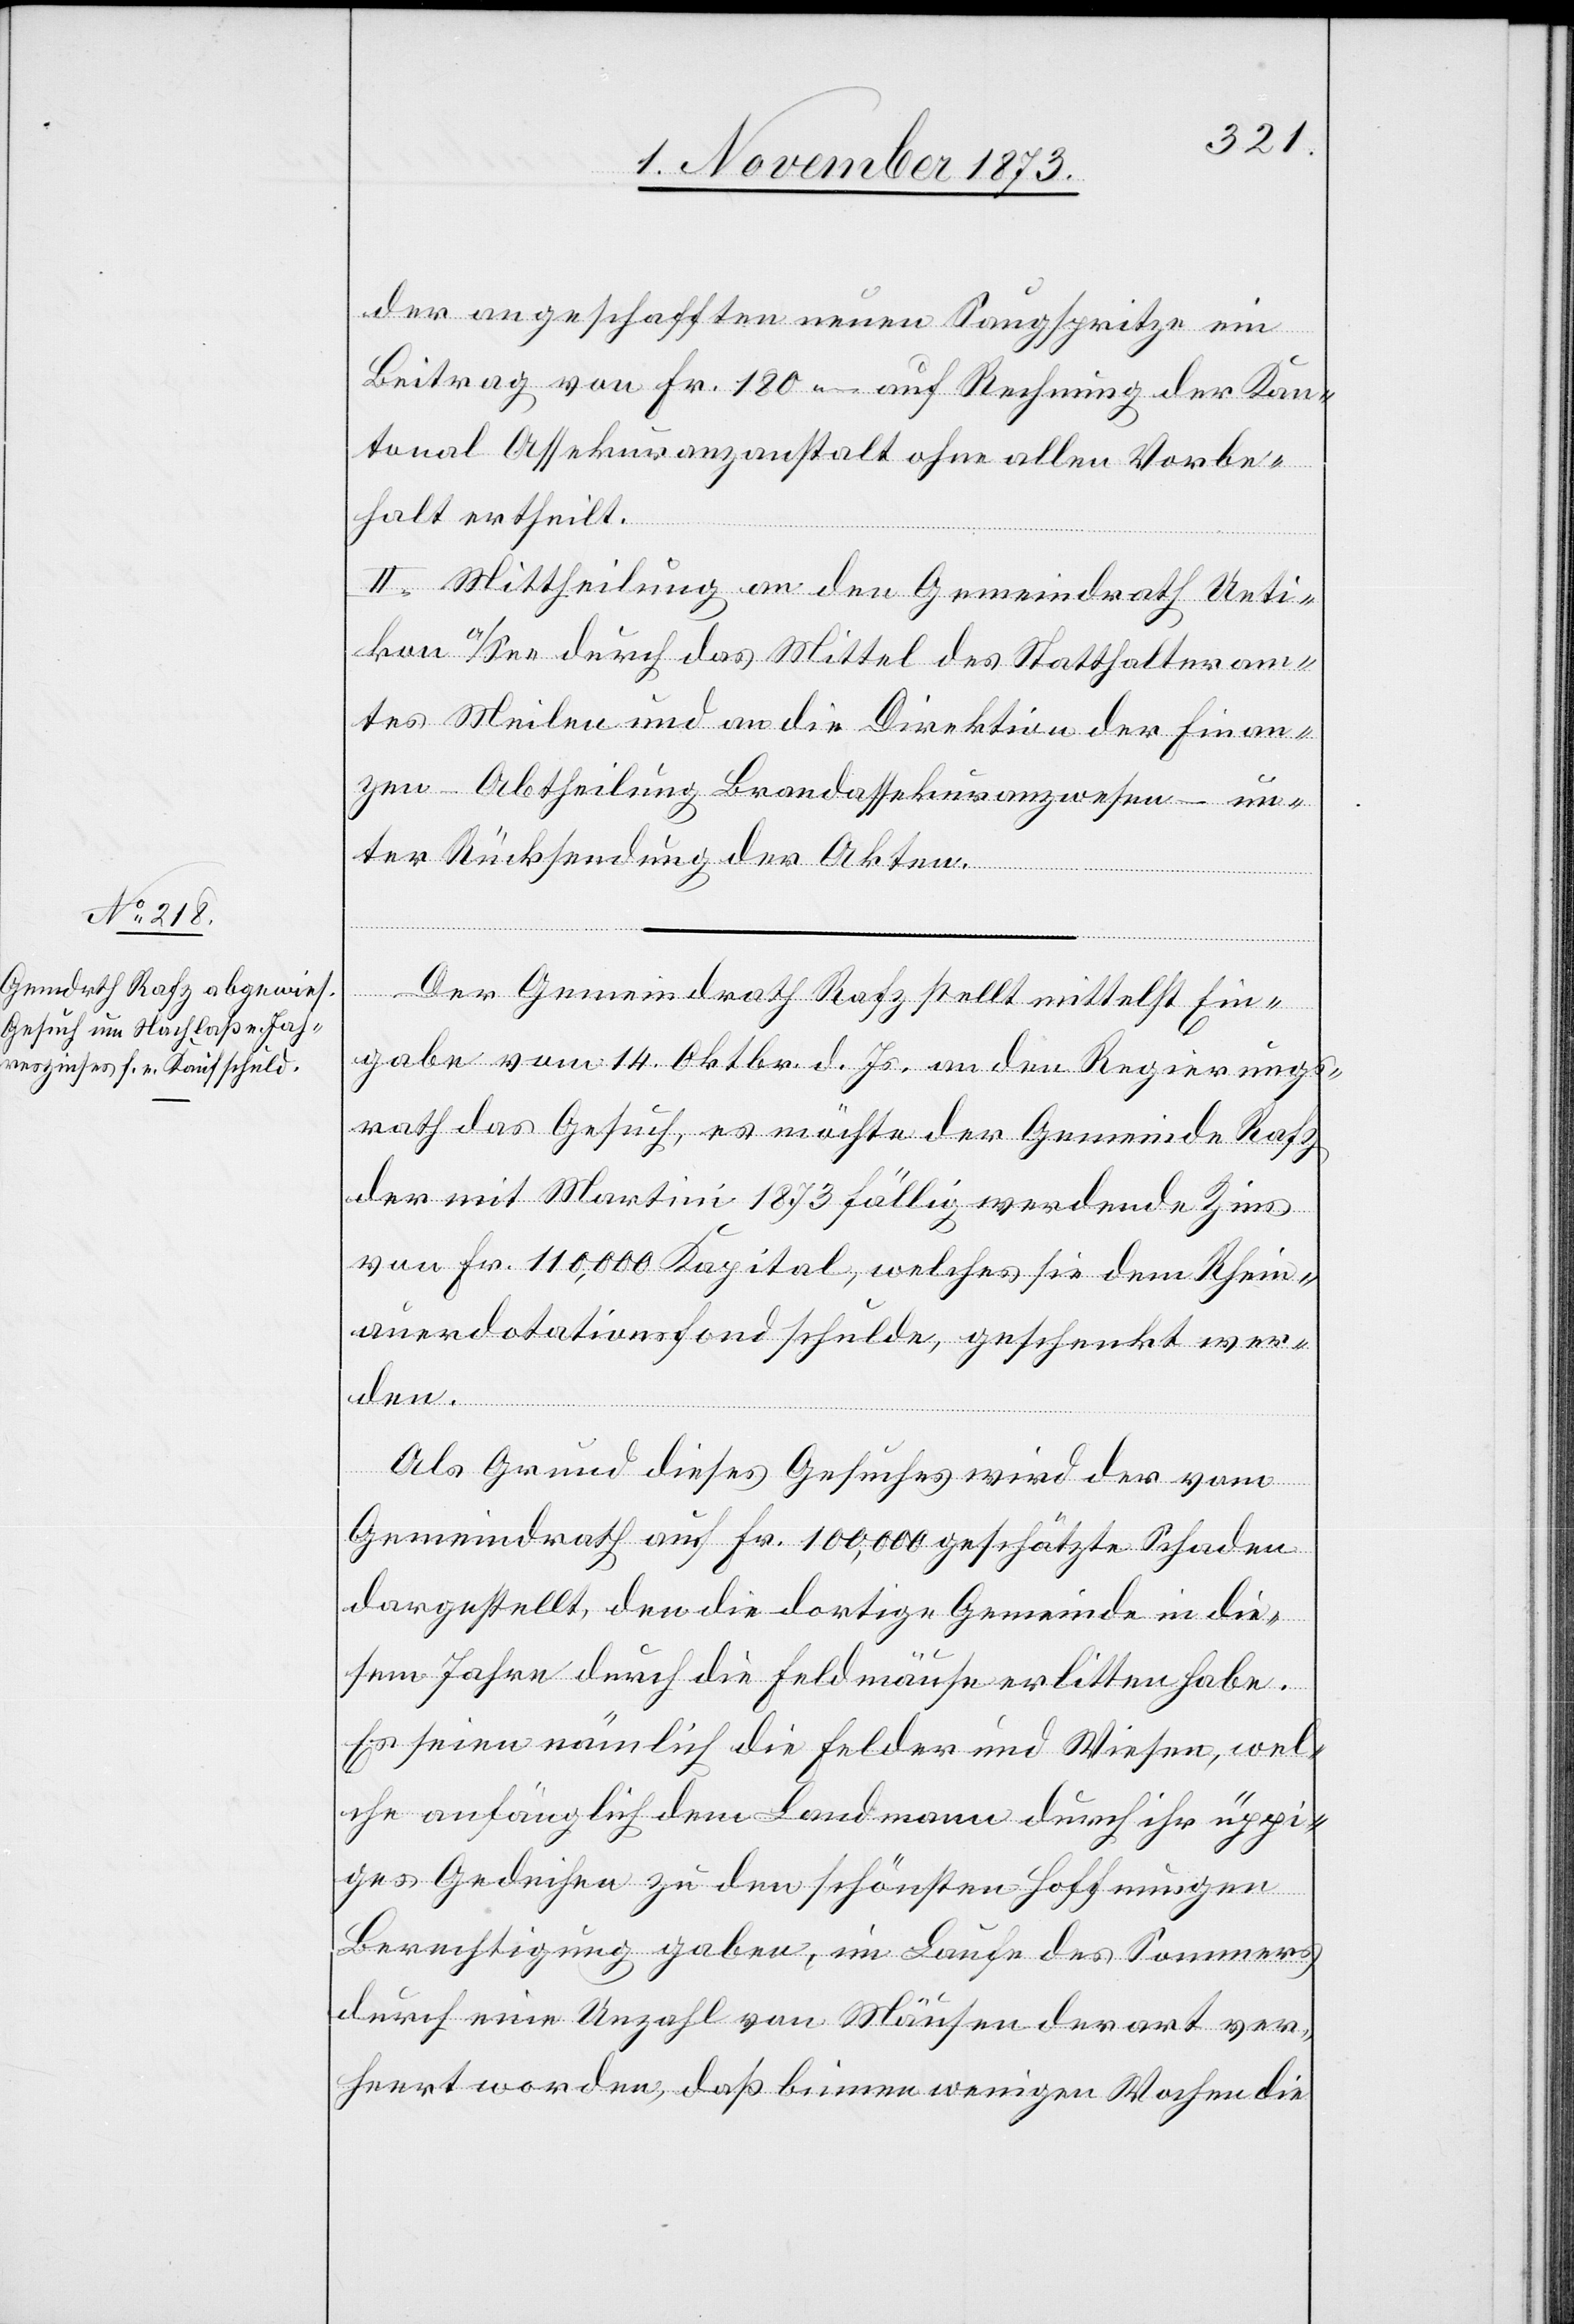
der angeschafften neuen Saugspritze ein
Beitrag von Fr. 180 – auf Rechnung der Kan¬
tonal Assekuranzanstalt ohne allen Vorbe¬
halt ertheilt.
II. Mittheilung an den Gemeindrath Ueti¬
kon a/See durch das Mittel des Statthalteram¬
tes Meilen und an die Direktion der Finan¬
zen – Abtheilung Brandassekuranzwesen – un¬
ter Rücksendung der Akten.
Der Gemeindrath Rafz stellt mittelst Ein¬
gabe vom 14. Oktbr. d. Js. an den Regierungs¬
rath das Gesuch, es möchte der Gemeinde Rafz
der mit Martini 1873 fällig werdende Zins
von Fr. 110,000 Kapital, welches sie dem Rhein¬
auerdotationsfond schulde, geschenkt wer¬
den.
Als Grund dieses Gesuches wird der vom
Gemeindrath auf Fr. 100,000 geschätzte Schaden
dargestellt, den die dortige Gemeinde in die¬
sem Jahre durch die Feldmäuse erlitten habe.
Es seien nämlich die Felder und Wiesen, wel¬
che anfänglich dem Landmann durch ihr üppi¬
ges Gedeihen zu den schönsten Hoffnungen
Berechtigung gaben, im Laufe des Sommers
durch eine Unzahl von Mäusen derart ver¬
heert worden, daß binnen wenigen Wochen die